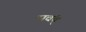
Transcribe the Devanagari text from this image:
सवंत्‌